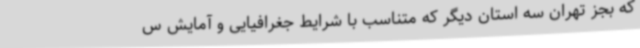
که بجز تهران سه استان دیگر که متناسب با شرایط جغرافیایی و آمایش س